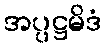
အပ္ပဋ္ဌမိဒံ